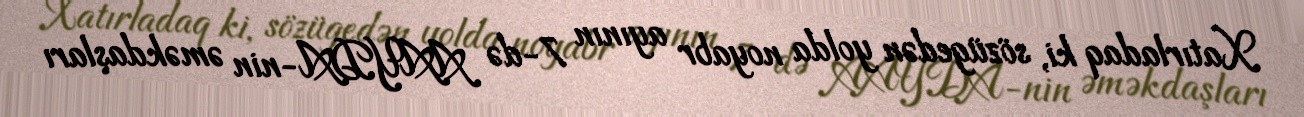
Xatırladaq ki, sözügedən yolda noyabr ayının 7-də AAYDA-nin əməkdaşları